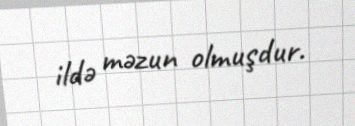
ildə məzun olmuşdur.